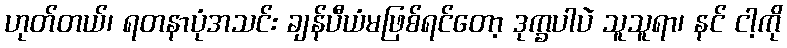
ဟုတ်တယ်၊ ရတနာပုံအသင်း ချန်ပီယံမဖြစ်ရင်တော့ ဒုက္ခပါပဲ သူသူရာ၊ နင် ငါ့ကို